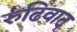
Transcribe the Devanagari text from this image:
रुढिवाद